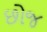
છોજ